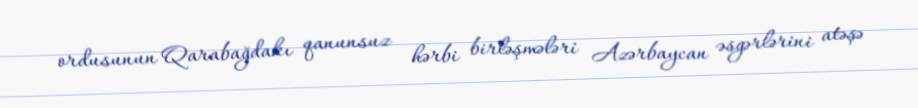
ordusunun Qarabağdakı qanunsuz hərbi birləşmələri Azərbaycan əsgərlərini atəşə